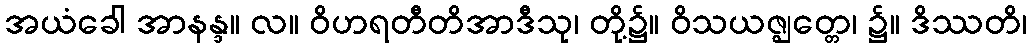
အယံခေါ အာနန္ဒ။ လ။ ဝိဟရတီတိအာဒီသု၊ တို့၌။ ဝိသယဇ္ဈတ္တေ၊ ၌။ ဒိဿတိ၊